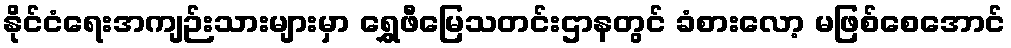
နိုင်ငံရေးအကျဉ်းသားများမှာ ရွှေဖီမြေသတင်းဌာနတွင် ခံစားလော့ မဖြစ်စေအောင်